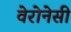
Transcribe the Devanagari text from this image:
वेरोनेसी